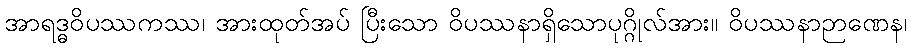
အာရဒ္ဓဝိပဿကဿ၊ အားထုတ်အပ် ပြီးသော ဝိပဿနာရှိသောပုဂ္ဂိုလ်အား။ ဝိပဿနာဉာဏေန၊